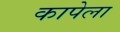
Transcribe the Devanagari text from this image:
कापेला